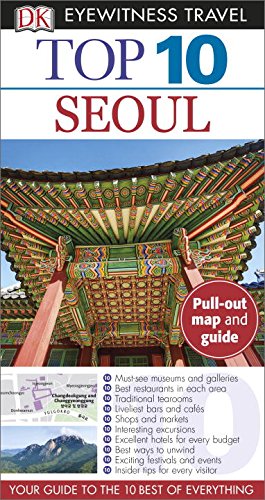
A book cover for Top 10 Seoul (Eyewitness Top 10 Travel Guide); DK Publishing; Travel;